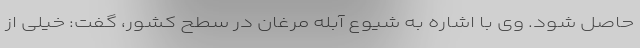
حاصل شود. وی با اشاره به شیوع آبله مرغان در سطح کشور، گفت: خیلی از